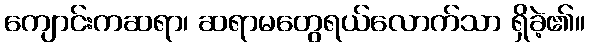
ကျောင်းကဆရာ၊ ဆရာမတွေရယ်လောက်သာ ရှိခဲ့၏။